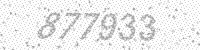
Solution: 877933